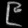
Digit: ၉